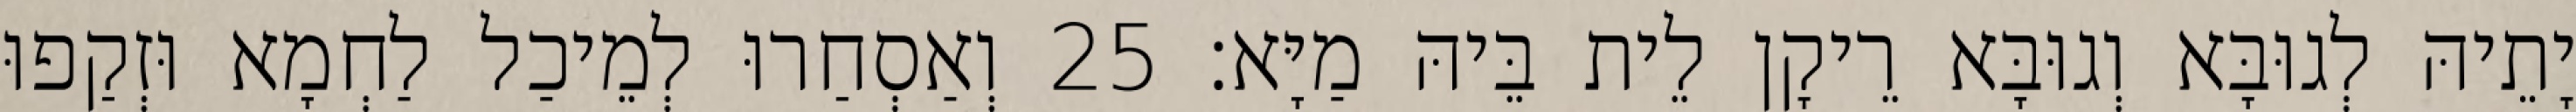
יָתֵיהּ לְגוּבָּא וְגוּבָּא רֵיקָן לֵית בֵּיהּ מַיָּא׃ 25 וְאַסְחַרוּ לְמֵיכַל לַחְמָא וּזְקַפוּ